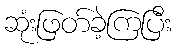
ဆုံးဖြတ်ခဲ့ကြပြီး